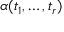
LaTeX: \alpha ( t _ { 1 } , \dots , t _ { r } )